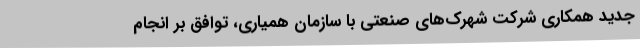
جدید همکاری شرکت شهرک‌های صنعتی با سازمان همیاری، توافق بر انجام